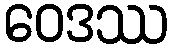
ဝေဒဿ